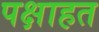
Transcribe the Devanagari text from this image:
पक्षाहत